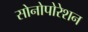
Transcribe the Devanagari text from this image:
सोनोपोरेशन